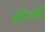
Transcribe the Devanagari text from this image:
सप्त्गिरि